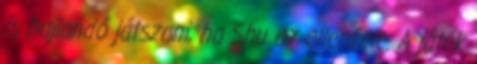
is hajlandó játszani, ha Shu az ellenfele. A játék